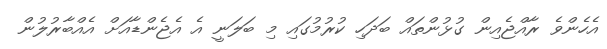
އެހެންވެ ރާއްޖެއިން ގުޅުންތައް ބަދަހި ކުރުމުގައި މި ބަލަނީ އެ އެޖެންޑާއަށް އެއްބާރުލުން